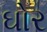
ઘોર